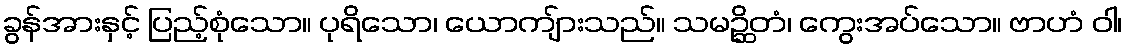
ခွန်အားနှင့် ပြည့်စုံသော။ ပုရိသော၊ ယောကျ်ားသည်။ သမဉ္ဆိတံ၊ ကွေးအပ်သော။ ဗာဟံ ဝါ၊